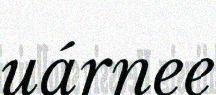
uárnee